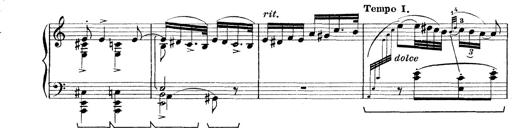
Title: Rapsodie: 19 ungheresi, 1 spagnuola
Composer: Franz Liszt